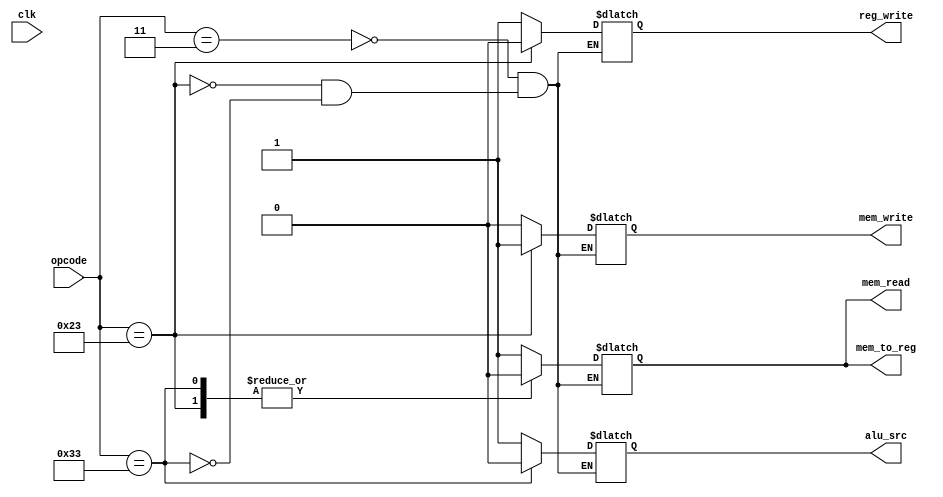
module control_path(opcode,mem_read,mem_to_reg,reg_write,mem_write,alu_src,clk);
input [6:0] opcode;
input clk;
output mem_read,mem_to_reg,reg_write,mem_write,alu_src;
reg mem_read_state,mem_to_reg_state,reg_write_state,mem_write_state,alu_src_state;
initial begin
    mem_read_state = 0;
    mem_to_reg_state = 0;
    reg_write_state = 0;
    mem_write_state = 0;
    alu_src_state = 0;
end

// lw 0000011
// sw 0100011
always @(*) begin
    case(opcode)
        7'b0000011: begin  //load
            mem_read_state = 1;
            mem_to_reg_state = 1;
            reg_write_state = 1;
            mem_write_state = 0;
            alu_src_state = 1;
        end
        7'b0100011: begin //store
            mem_read_state = 0;
            mem_to_reg_state = 0;
            reg_write_state = 0;
            mem_write_state = 1;
            alu_src_state = 1;
        end
        7'b0110011: begin // add sub or and etc..
            mem_read_state = 0;
            mem_to_reg_state = 0;
            reg_write_state = 1;
            mem_write_state = 0;
            alu_src_state = 0;
        end
    endcase
end

assign mem_read = mem_read_state;
assign mem_to_reg = mem_to_reg_state;
assign mem_write = mem_write_state;
assign reg_write = reg_write_state;
assign alu_src = alu_src_state;
endmodule